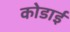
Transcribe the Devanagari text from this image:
कोडाई